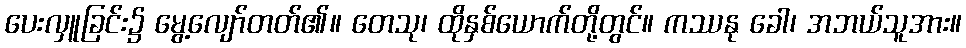
ပေးလှူခြင်း၌ မွေ့လျော်တတ်၏။ တေသု၊ ထိုနှစ်ယောက်တို့တွင်။ ကဿနု ခေါ၊ အဘယ်သူအား။